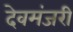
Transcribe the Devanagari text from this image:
देवमंजरी